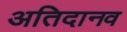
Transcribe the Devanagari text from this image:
अतिदानव